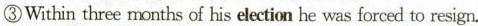
③Within three months of his election he was forced to resign.